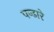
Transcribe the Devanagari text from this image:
पन्ढारे